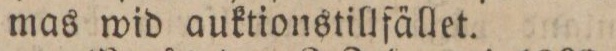
mas wid auktionstillfället.